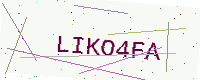
Text: LIKO4FA